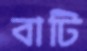
বাটি